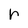
Character: r